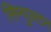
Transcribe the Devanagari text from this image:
सिम्पुल्टन